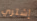
إشتري